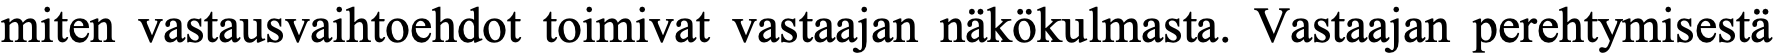
miten vastausvaihtoehdot toimivat vastaajan näkökulmasta. Vastaajan perehtymisestä